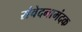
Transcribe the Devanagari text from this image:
संवेदनामंदक